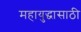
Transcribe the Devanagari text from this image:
महायुद्धासाठी